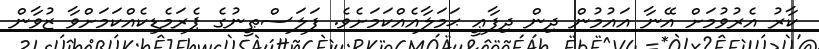
ކާރު އެރުވުމަށް އޭނާ އައުމުން ދިން ދިފާޢީ ޙަމަލާއެއްކަމަށެވެ. ފަލަސްޠީނުގެ ޕެރަމެޑިކެއްކަމަށްވާ ޒުވާން